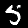
Label: 5